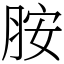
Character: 胺